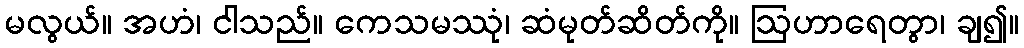
မလွယ်။ အဟံ၊ ငါသည်။ ကေသမဿုံ၊ ဆံမုတ်ဆိတ်ကို။ ဩဟာရေတွာ၊ ချ၍။